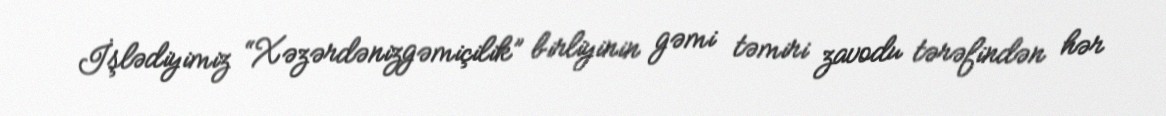
İşlədiyimiz “Xəzərdənizgəmiçilik” birliyinin gəmi təmiri zavodu tərəfindən hər